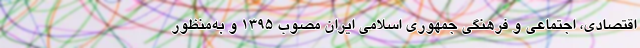
اقتصادی، اجتماعی و فرهنگی جمهوری اسلامی ایران مصوب ۱۳۹۵ و به‌منظور